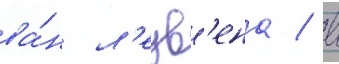
ва́н л'еув'ена / в